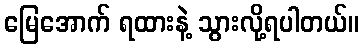
မြေအောက် ရထားနဲ့ သွားလို့ရပါတယ်။